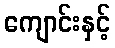
ကျောင်းနှင့်